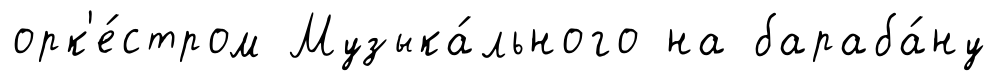
орк'е́стром Музыка́льного на бараба́ну